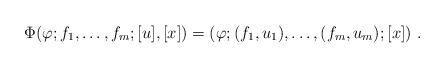
LaTeX: \begin{align*}\Phi(\varphi;f_1,\dots,f_m;[u],[x])= (\varphi;(f_1,u_1),\dots,(f_m,u_m);[x])\ .\end{align*}